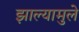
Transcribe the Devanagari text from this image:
झाल्यामुले